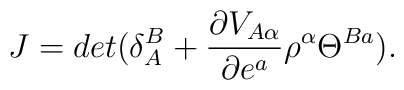
J=det(\delta _{A}^{B}+\frac{\partial V_{A\alpha }}{\partial e^{a}}\rho^{\alpha }\Theta ^{Ba}).